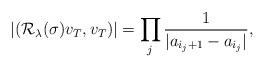
\begin{align*}|(\mathcal{R}_\lambda(\sigma) v_T,v_T)|=\prod_{j}\frac{1}{|a_{i_j+1}-a_{i_j}|},\end{align*}